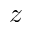
z